Lunatic asylums in Bengal annual reports 1888-1898 - 1888-1898
Year: 1888
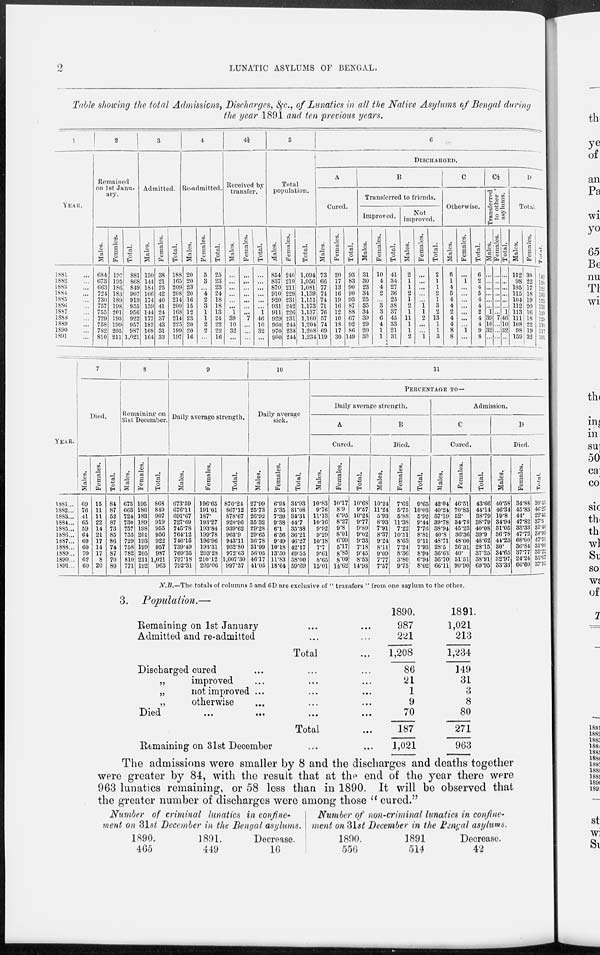
2
LUNATIC ASYLUMS OF BENGAL.
Table showing the total Admissions, Discharges, &c., of Lunatics in all the Native Asylums of Bengal during
the year 1891 and ten previous years.
1
YEAR.
1881 ...
1882
1883 ...
1884 ...
1885 ...
1886 ..
1887 ...
1888 ...
1889 ...
1890 ...
1891 ...
2
Remained
on 1st Janu-
ary.
Males.
684
673
663
724
730
757
755
729
758
782
810
Females.
197
195
186
183
189
198
201
193
199
205
211
Total.
881
868
849
907
919
955
956
922
957
987
1,021
3
Admitted.
Males.
150
144
184
166
174
159
144
177
182
168
164
Females.
38
21
25
42
40
41
24
37
43
31
33
Total.
188
165
209
208
214
200
168
214
225
199
197
4
Re-admitted.
Males.
20
20
23
20
16
15
12
23
20
20
16
Females.
5
3
....
4
2
3
1
1
2
2
...
Total.
25
23
23
24
18
18
13
24
22
22
16
4½
Received by
transfer.
Males.
...
...
...
...
...
...
1
39
10
32
...
Females.
...
...
...
...
...
...
...
7
...
...
...
Total.
...
...
...
...
...
...
1
40
10
32
...
5
Total
population.
Males.
854
837
870
910
920
931
911
929
960
970
990
Females.
240
219
211
229
231
242
226
231
244
238
244
Total.
1,094
1,056
1,081
1,139
1,151
1,173
1,137
1,160
1,204
1,208
1,234
6
DISCHARGED.
A
Cured.
Males.
73
66
77
74
74
71
76
57
74
69
119
Females.
20
17
13
16
19
10
12
10
18
17
30
Total.
93
83
90
90
93
87
88
67
92
86
149
B
Transferred to friends.
Improved.
Males.
31
30
23
34
25
35
34
39
29
20
30
Females.
10
4
4
2
...
3
3
6
4
1
1
Total.
41
34
27
36
25
38
37
45
33
21
31
Not
improved.
Males.
2
1
1
2
1
2
1
11
1
1
2
Females.
...
...
...
...
...
1
1
2
...
...
1
Total.
2
1
1
2
1
3
2
13
1
1
3
C
Otherwise.
Males.
6
1
4
5
4
4
2
4
4
8
8
Females.
...
1
...
...
...
...
...
...
...
1
...
Total.
6
2
4
5
4
4
2
4
4
9
8
C½
Transferred
to other
asylums.
Males.
...
...
...
...
...
...
1
39
10
32
...
Females.
...
...
...
...
...
...
...
7
...
...
...
Total.
...
...
...
...
...
...
1
46
10
32
...
D
Total
Males.
112
98
105
115
104
112
113
111
108
98
159
Females.
30
22
17
18
19
20
16
18
22
19
32
Total.
142
120
122
133
123
132
129
129
130
117
191
YEAR.
1881 ...
1882 ...
1883 ...
1884 ...
1885 ...
1886 ...
1887 ...
1888 ...
1889 ...
1890 ...
1891 ...
7
Died.
Males.
69
76
41
65
59
64
69
60
70
62
60
Females.
15
11
11
22
14
21
17
14
17
8
20
Total.
84
87
52
87
73
85
86
74
87
70
80
8
Remaining on
31st December.
Males.
673
663
724
730
757
755
729
758
782
810
771
Females.
195
186
183
189
198
201
193
199
205
211
192
Total.
868
849
907
919
955
956
922
957
987
1,021
963
9
Daily average strength.
Males.
673.59
676.11
691.67
727.69
745.78
764.12
746.15
739.49
769.35
797.18
792.31
Females.
196.65
191.01
187.
193.27
193.84
199.78
196.96
193.31
203.28
210.12
205.06
Total.
870.24
867.12
878.67
920.96
939.62
963.9
943.11
932.80
972.63
1,007.30
997.37
10
Daily average
sick.
Males.
27.99
25.73
26.92
35.32
29.28
29.65
36.78
31.99
56.05
46.17
41.05
Females.
6.94
5.35
7.39
9.38
6.1
6.56
9.49
10.18
13.50
11.83
18.64
Total.
34.93
31.08
34.31
44.7
35.38
36.21
46.27
42.17
69.55
58.00
59.69
11
PERCENTAGE TO—
Daily average strength.
A
Cured.
Males.
10.83
9.76
11.13
10.16
9.92
9.29
10.18
7.7
9.61
8.65
15.01
Females.
10.17
8.9
6.95
8.27
9.8
8.01
6.09
5.17
8.85
8.09
14.62
Total.
10.68
9.57
10.24
9.77
9.89
9.02
9.33
7.18
9.45
8.53
14.93
B
Died.
Males.
10.24
11.24
5.93
8.93
7.91
8.37
9.24
8.11
9.09
7.77
7.57
Females.
7.62
5.75
5.88
11.38
7.22
10.51
8.63
7.24
8.36
3.80
9.75
Total.
9.65
10.03
5.92
9.44
7.76
8.81
9.11
7.93
8.94
6.94
8.02
Admission.
C
Cured.
Males.
42.94
40.24
37.19
39.78
38.94
40.8
48.71
28.5
36.63
36.70
66.11
Females.
46.51
70.83
52.
34.78
45.23
36.36
48.00
26.31
40.
51.51
90.90
Total.
43.66
44.14
38.79
38.79
40.08
39.9
48.62
28.15
37.25
38.91
69.95
D
Died.
Males.
40.58
46.34
19.8
34.94
31.05
86.78
44.23
30.
34.65
32.97
33.33
Females.
34.88
45.83
44.
47.82
33.33
47.72
68.00
36.84
37.77
24.24
60.60
Total.
39.43
46.27
22.41
37.5
31.46
38.99
47.51
31.09
35.22
31.67
37.55
N.B.—The totals of columns 5 and 6 D are exclusive of " transfers " from one asylum to the other.
3. Population.—
Remaining on 1st January ... ...
Admitted and re-admitted ... ...
Total ...
Discharged cured ... ... ...
„ improved... ... ...
„
not improved ... ... ...
„
otherwise ... ... ...
Died ... ... ... ...
Total ...
Remaining on 31st December ... ...
1890.
987
221
1,208
86
21
1
9
70
187
1,021
1891.
1,021
213
1,234
149
31
3
8
80
271
963
The admissions were smaller by 8 and the discharges and deaths together
were greater by 84, with the result that at the end of the year there were
963 lunatics remaining, or 58 less than in 1890. It will be observed that
the greater number of discharges were among those "cured."
Number of criminal lunatics in confine-
ment on 31st December in the Bengal asylums.
1890.
465
1891.
449
Decrease.
16
Number of non-criminal lunatics in confine-
ment on 31st December in the Bengal asylums.
1890.
556
1891.
514
Decrease.
42